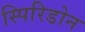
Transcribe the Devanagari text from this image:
स्पिरिडोन